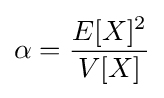
\alpha ={\frac {E[X]^{2}}{V[X]}}